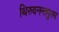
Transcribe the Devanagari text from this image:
थिरुवनन्तपुरम